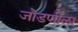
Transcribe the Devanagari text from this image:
जोडणीला